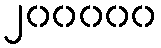
၂၀၀၀၀၀